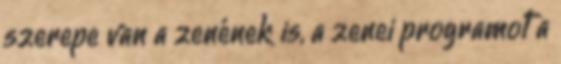
szerepe van a zenének is, a zenei programot a